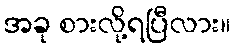
အခု စားလို့ရပြီလား။